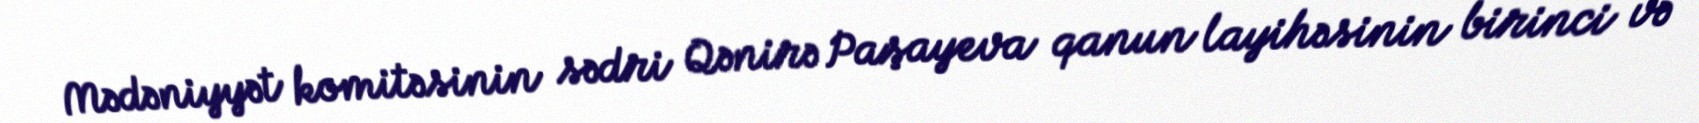
Mədəniyyət komitəsinin sədri Qənirə Paşayeva qanun layihəsinin birinci və